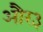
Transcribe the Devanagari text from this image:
और३